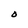
Character: O